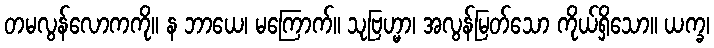
တမလွန်လောကကို။ န ဘာယေ၊ မကြောက်။ သုဗြဟ္မာ၊ အလွန်မြတ်သော ကိုယ်ရှိသော။ ယက္ခ၊